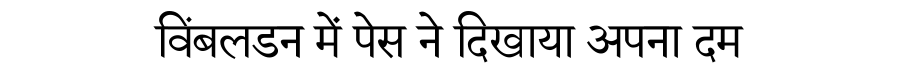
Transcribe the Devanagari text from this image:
विंबलडन में पेस ने दिखाया अपना दम